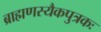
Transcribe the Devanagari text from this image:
ब्राह्मणस्यैकपुत्रकः